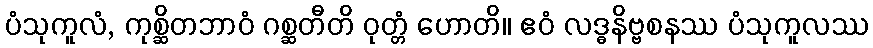
ပံသုကူလံ, ကုစ္ဆိတဘာဝံ ဂစ္ဆတီတိ ဝုတ္တံ ဟောတိ။ ဧဝံ လဒ္ဓနိဗ္ဗစနဿ ပံသုကူလဿ